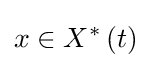
x\in X^{\ast }\left(t\right)